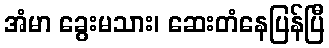
အံမာ ခွေးမသား၊ ဆေးတံနေပြန်ပြီ